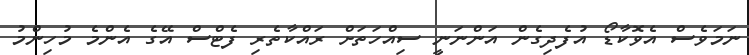
ނަމަވެސް އެވޮކާޑޯ އުފެދިގެން އަންނަނީ ސިއްހަތަށް ރައްކާތެރި ފެޓްސް އޭގެ އެންމެ މުހިންމު